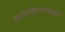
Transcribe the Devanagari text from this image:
ध्वनिमुद्रिकांमध्येसुद्धा